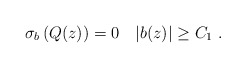
\begin{align*} \sigma_b\left( Q(z)\right)=0 \quad|b(z)|\geq C_1\ .\end{align*}